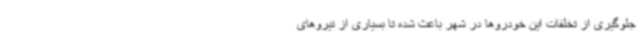
جلوگیری از تخلفات این خودروها در شهر باعث شده تا بسیاری از نیروهای